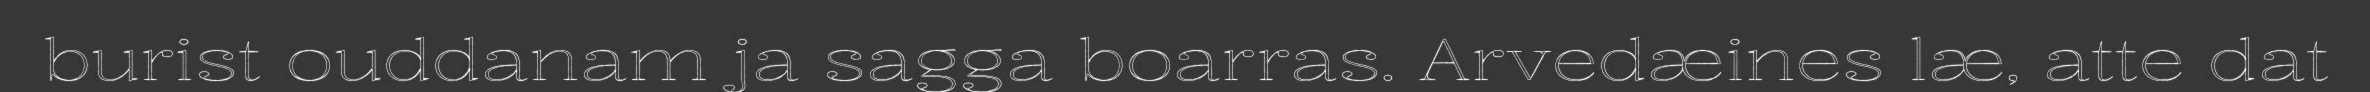
burist ouddanam ja sagga boarras. Arvedæines læ, atte dat